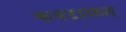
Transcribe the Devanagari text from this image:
कवटाळत